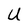
Character: U